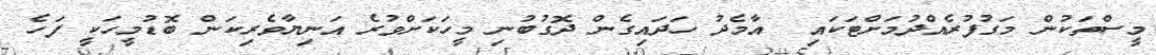
މީސްތަކުން މަގުފުރެއްދުމަށްޓަކައި  އާމެދު ހަދައިގެން ދޮގުބުނި މީހަކަށްވުރެ އަނިޔާވެރިކަން ބޮޑުމީހަކީ ފަހެ